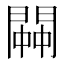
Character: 𨵓